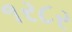
૧ર૮ર